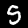
Label: 5